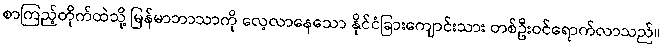
စာကြည့်တိုက်ထဲသို့ မြန်မာဘာသာကို လေ့လာနေသော နိုင်ငံခြားကျောင်းသား တစ်ဦးဝင်ရောက်လာသည်။